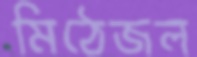
মিঠেজল